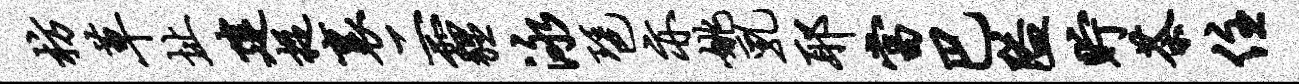
枋草址建捉里二霾泳琶亦姚乳耶当巴隘贮茶住